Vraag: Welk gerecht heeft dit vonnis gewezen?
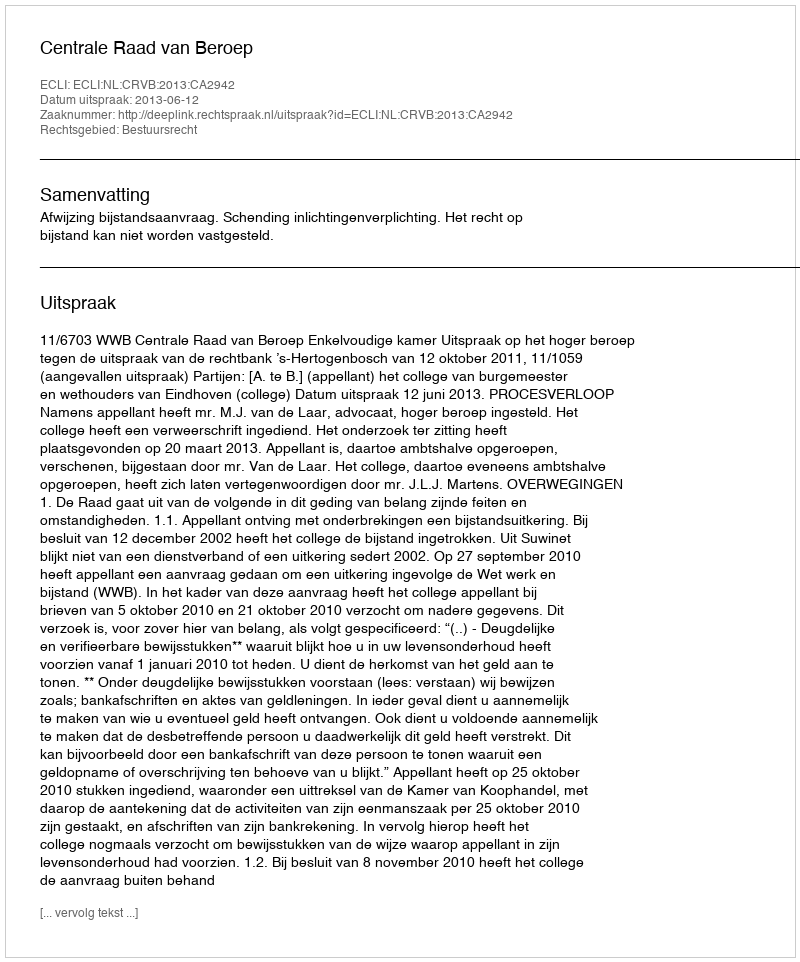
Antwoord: Centrale Raad van Beroep